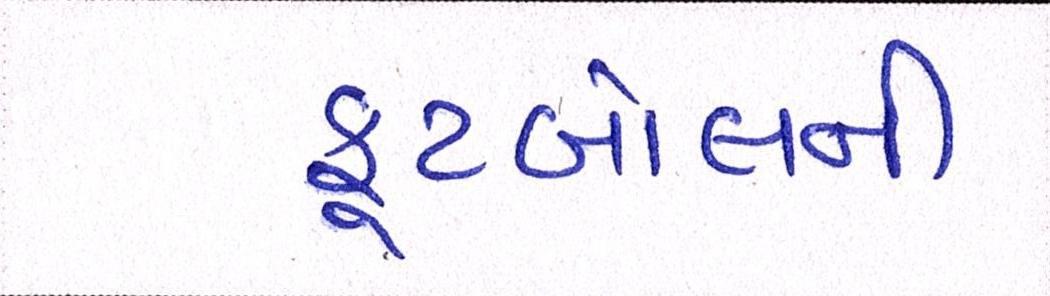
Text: ફૂટબોલની